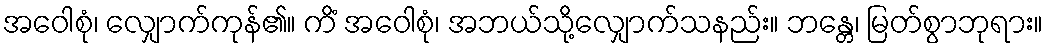
အဝေါစုံ၊ လျှောက်ကုန်၏။ ကိံ အဝေါစုံ၊ အဘယ်သို့လျှောက်သနည်း။ ဘန္တေ၊ မြတ်စွာဘုရား။